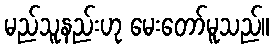
မည်သူနည်းဟု မေးတော်မူသည်။